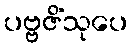
ပဗ္ဗဇိံသုပေ